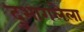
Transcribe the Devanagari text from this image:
दुभागलेला